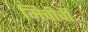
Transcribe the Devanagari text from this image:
मिचीर्ची